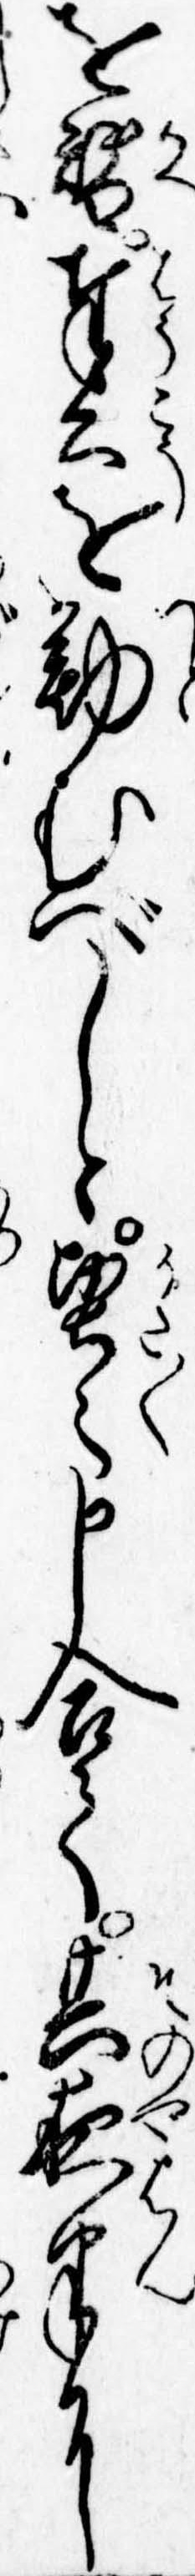
を替奉公を勤むべしと堅々申合て其夜半に